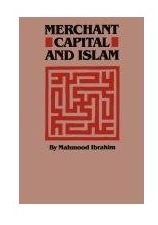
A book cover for Merchant Capital and Islam; Mahmood Ibrahim; Religion & Spirituality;